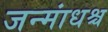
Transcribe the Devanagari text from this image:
जन्मांधश्च